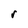
Character: r